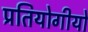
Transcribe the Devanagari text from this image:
प्रतियोगीयो